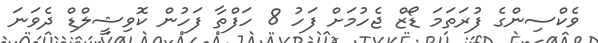
ވެކްސިންގެ ފުރަތަމަ ޑޯޒް ޖެހުމަށް ފަހު 8 ހަފްތާ ފަހުން ކޮވިޝީލްޑް ދެވަނަ